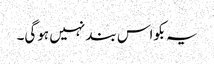
یہ بکواس بند نہیں ہوگی۔